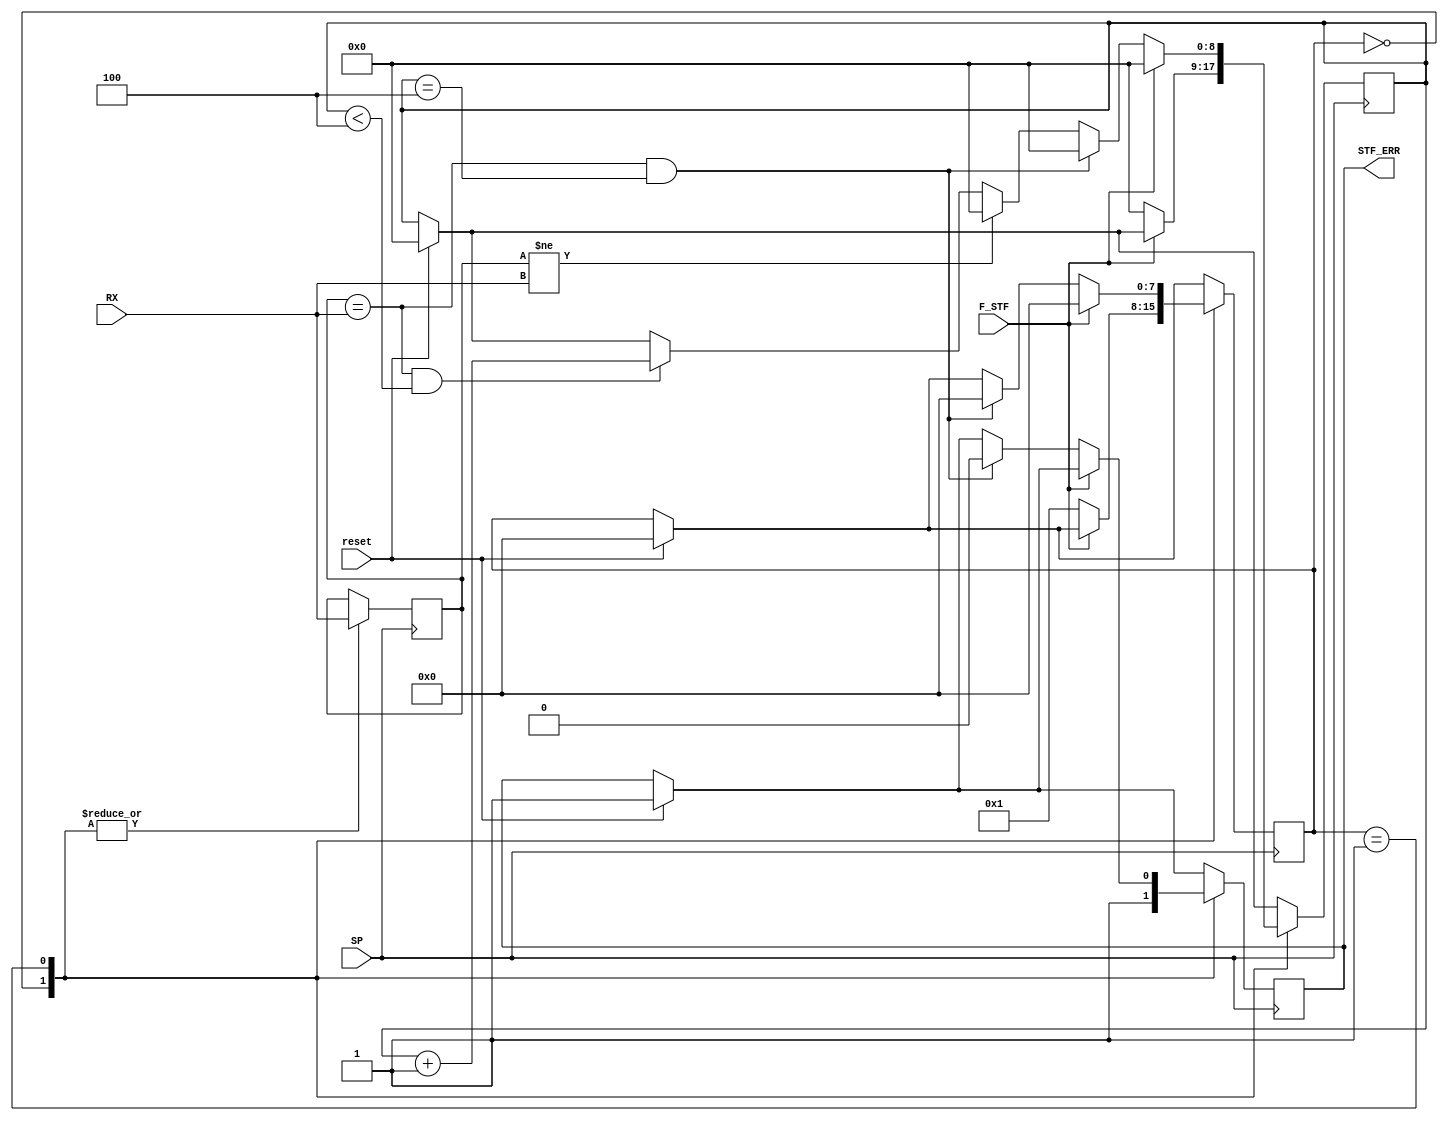
module Stuff_Error_Block( 
input reset, SP, RX, F_STF,
output reg STF_ERR);
	
	reg [7:0] estado_atual = 0 ;
	reg previous_bit;
	reg [8:0] cont = 0 ;
	parameter sts1 = 0, sts2 = 1;
	
	initial STF_ERR = 1'b1;
	
	always@(posedge SP) begin
		if(reset == 1) begin
			estado_atual <= sts1;
			STF_ERR <= 1'b1;
			cont <= 9'd0;
		end
		
		case(estado_atual)
			sts1: begin		//WAITING FOR STUFF
				previous_bit <= RX;
				STF_ERR <= 1'b1;
				if(F_STF == 1'b0) begin
					estado_atual <= sts2;
					cont <= 9'd0;
					$display("Estou verificando se ha stuff");
				end
			end
			sts2: begin		//stuff area
				if(F_STF == 1'b1) begin
					estado_atual <= sts1;
					cont <= 9'd0;
					$display("Flag desativada");
				end
				else begin
					if(previous_bit == RX && cont == 4)begin
						STF_ERR <= 1'b0;
						cont <= 9'd0;
						estado_atual <= sts1;
						$display("Erro de bit Stuff");
					end
					else begin
						if(previous_bit != RX) begin
							cont <= 9'd0;
							$display("Encontrei um bit diferente");
						end
						else begin
							if(previous_bit == RX && cont<4) begin
								cont <= cont + 9'd1;
								$display("Bits Iguais %d", cont + 2);
							end
						end
					end
				end
				previous_bit <= RX;
			end
		endcase
	end	
endmodule